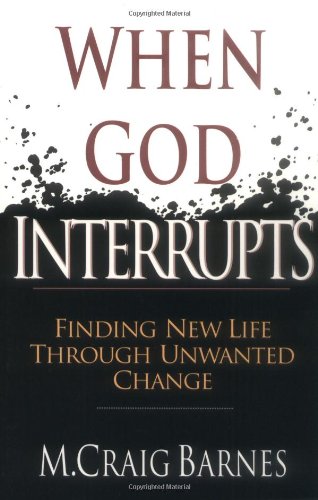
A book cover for When God Interrupts: Finding New Life Through Unwanted Change; M. Craig Barnes; Christian Books & Bibles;